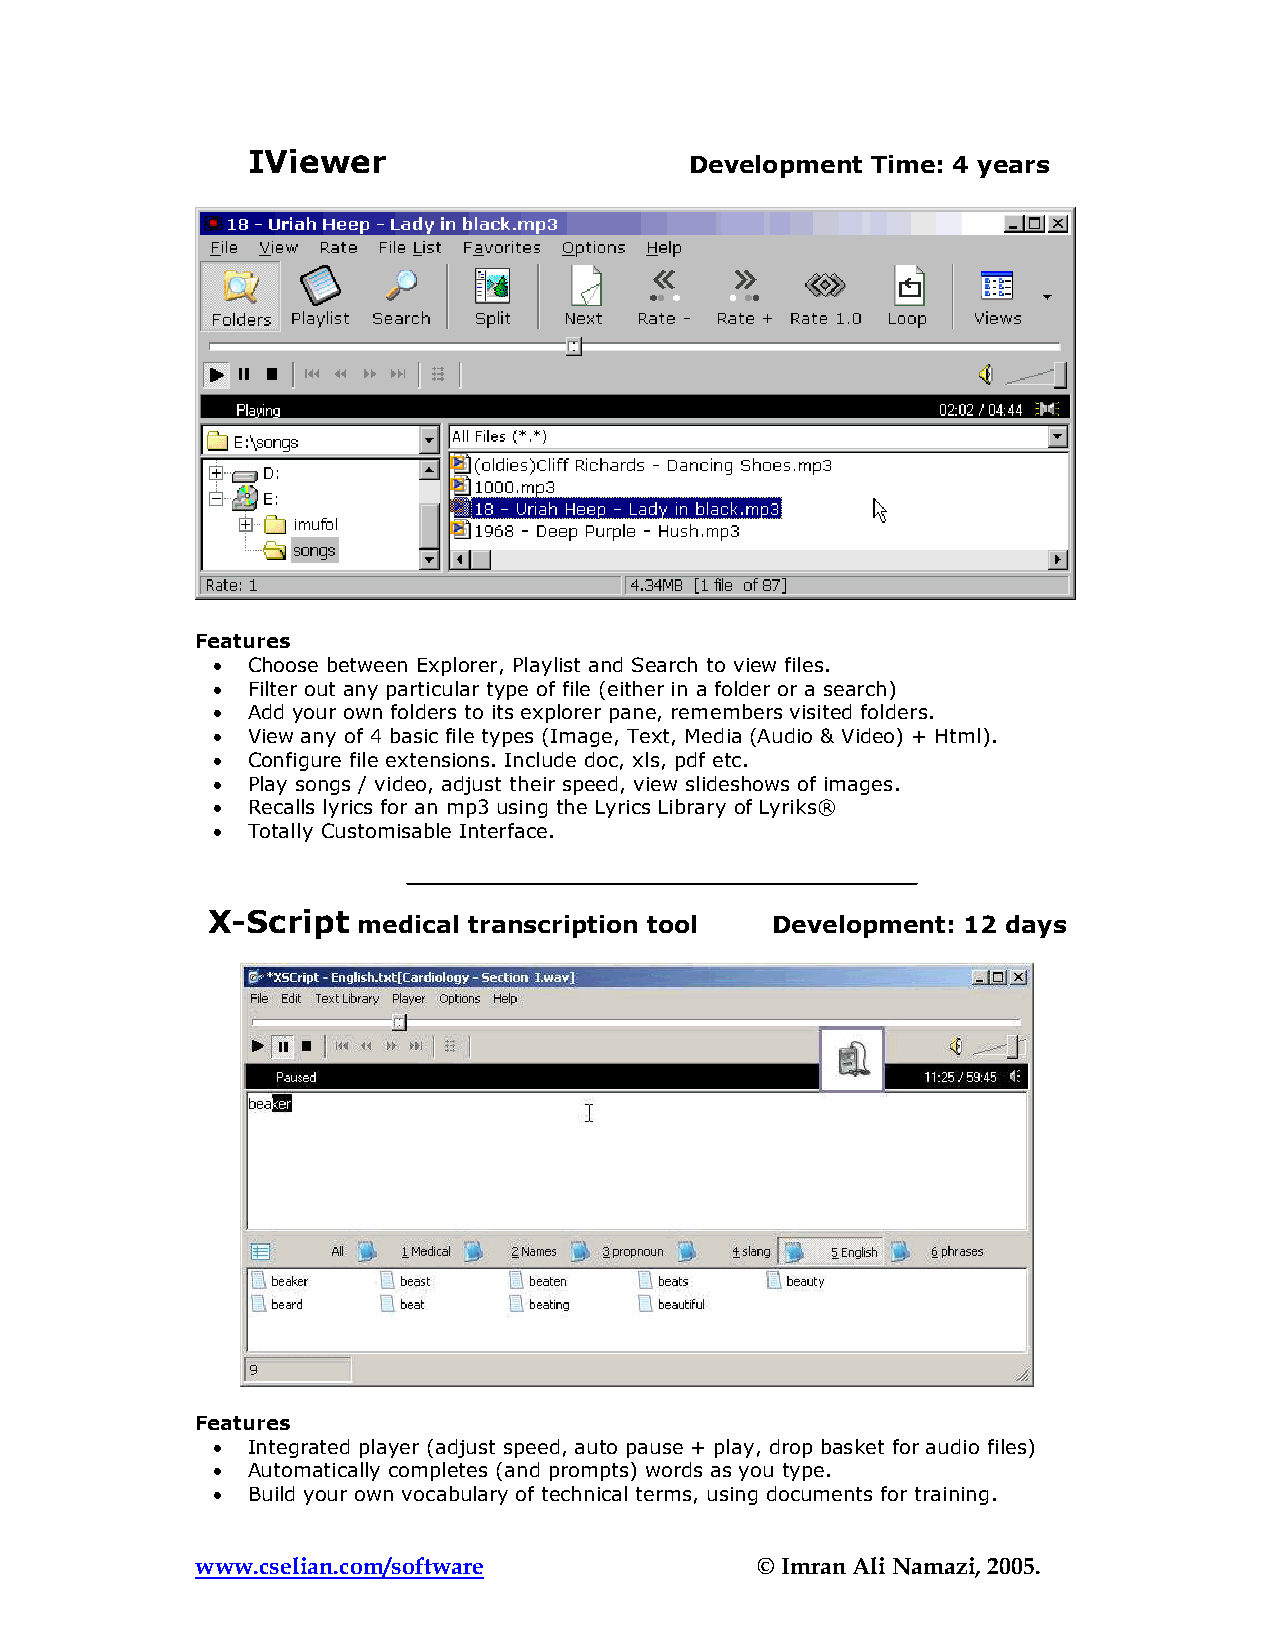
IViewer                       Development Time: 4 years
 Features
 • Choose between Explorer, Playlist and Search to view files.
 • Filter out any particular type of file (either in a folder or a search)
 • Add your own folders to its explorer pane, remembers visited folders.
 • View any of 4 basic file types (Image, Text, Media (Audio & Video) + Html).
 • Configure file extensions. Include doc, xls, pdf etc.
 • Play songs / video, adjust their speed, view slideshows of images.
 • Recalls lyrics for an mp3 using the Lyrics Library of Lyriks®
 • Totally Customisable Interface.
 X-Script  medical transcription tool Development: 12 days
 Features
 • Integrated player (adjust speed, auto pause + play, drop basket for audio files)
 • Automatically completes (and prompts) words as you type.
 • Build your own vocabulary of technical terms, using documents for training.
 www.cselian.com/software             © Imran Ali Namazi, 2005.